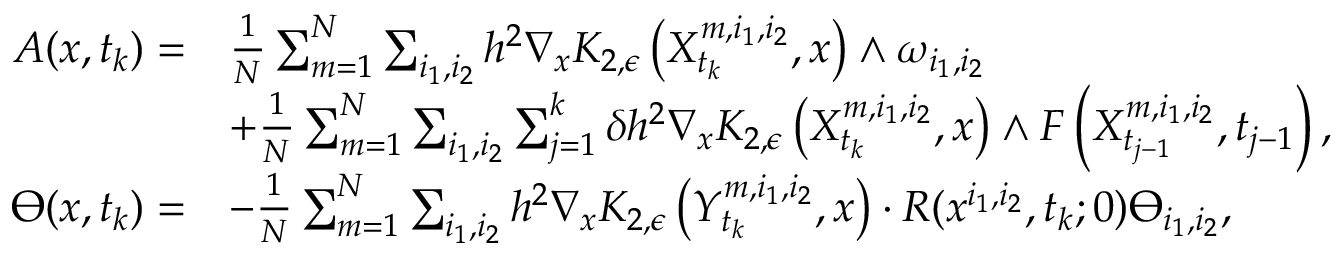
\begin{array} { r l } { A ( x , t _ { k } ) = } & { \frac { 1 } { N } \sum _ { m = 1 } ^ { N } \sum _ { i _ { 1 } , i _ { 2 } } h ^ { 2 } \nabla _ { x } K _ { 2 , \epsilon } \left( X _ { t _ { k } } ^ { m , i _ { 1 } , i _ { 2 } } , x \right) \wedge \omega _ { i _ { 1 } , i _ { 2 } } } \\ & { + \frac { 1 } { N } \sum _ { m = 1 } ^ { N } \sum _ { i _ { 1 } , i _ { 2 } } \sum _ { j = 1 } ^ { k } \delta h ^ { 2 } \nabla _ { x } K _ { 2 , \epsilon } \left( X _ { t _ { k } } ^ { m , i _ { 1 } , i _ { 2 } } , x \right) \wedge F \left( X _ { t _ { j - 1 } } ^ { m , i _ { 1 } , i _ { 2 } } , t _ { j - 1 } \right) , } \\ { \varTheta ( x , t _ { k } ) = } & { - \frac { 1 } { N } \sum _ { m = 1 } ^ { N } \sum _ { i _ { 1 } , i _ { 2 } } h ^ { 2 } \nabla _ { x } K _ { 2 , \epsilon } \left( Y _ { t _ { k } } ^ { m , i _ { 1 } , i _ { 2 } } , x \right) \cdot R ( x ^ { i _ { 1 } , i _ { 2 } } , t _ { k } ; 0 ) \varTheta _ { i _ { 1 } , i _ { 2 } } , } \end{array}